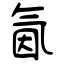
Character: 氤